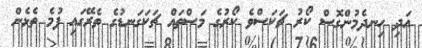
އަދި ހިނދެމުންގޮސް ކޯރު ޗަކަސްވެ ކޯރުގެ މަސްތައް ޗަކަގަނޑުގެ ތެރޭގައި ފުމެ ތެޅެން